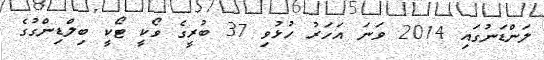
ލަންޑަނުގައި 2014 ވަނަ އަހަރު ހުޅުވި 37 ބުރީގެ ވޯކީ ޓޯކީ ބިލްޑިންގުގެ